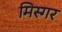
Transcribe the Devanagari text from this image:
मिस्गर